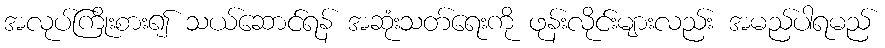
အလုပ်ကြိုးစား၍ သယ်ဆောင်ရန် အဆုံးသတ်ရေးကို ဖုန်းလိုင်းများလည်း အမည်ပါရမည်